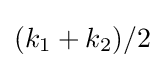
(k_{1}+k_{2})/2